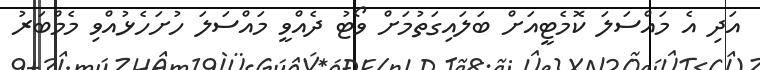
އަދި އެ މައްސަލަ ކޮމެޓީއަށް ބަލައިގަތުމަށް ވޯޓު ދެއްވީ މައްސަލަ ހުށަހެޅުއްވި މެމްބަރު